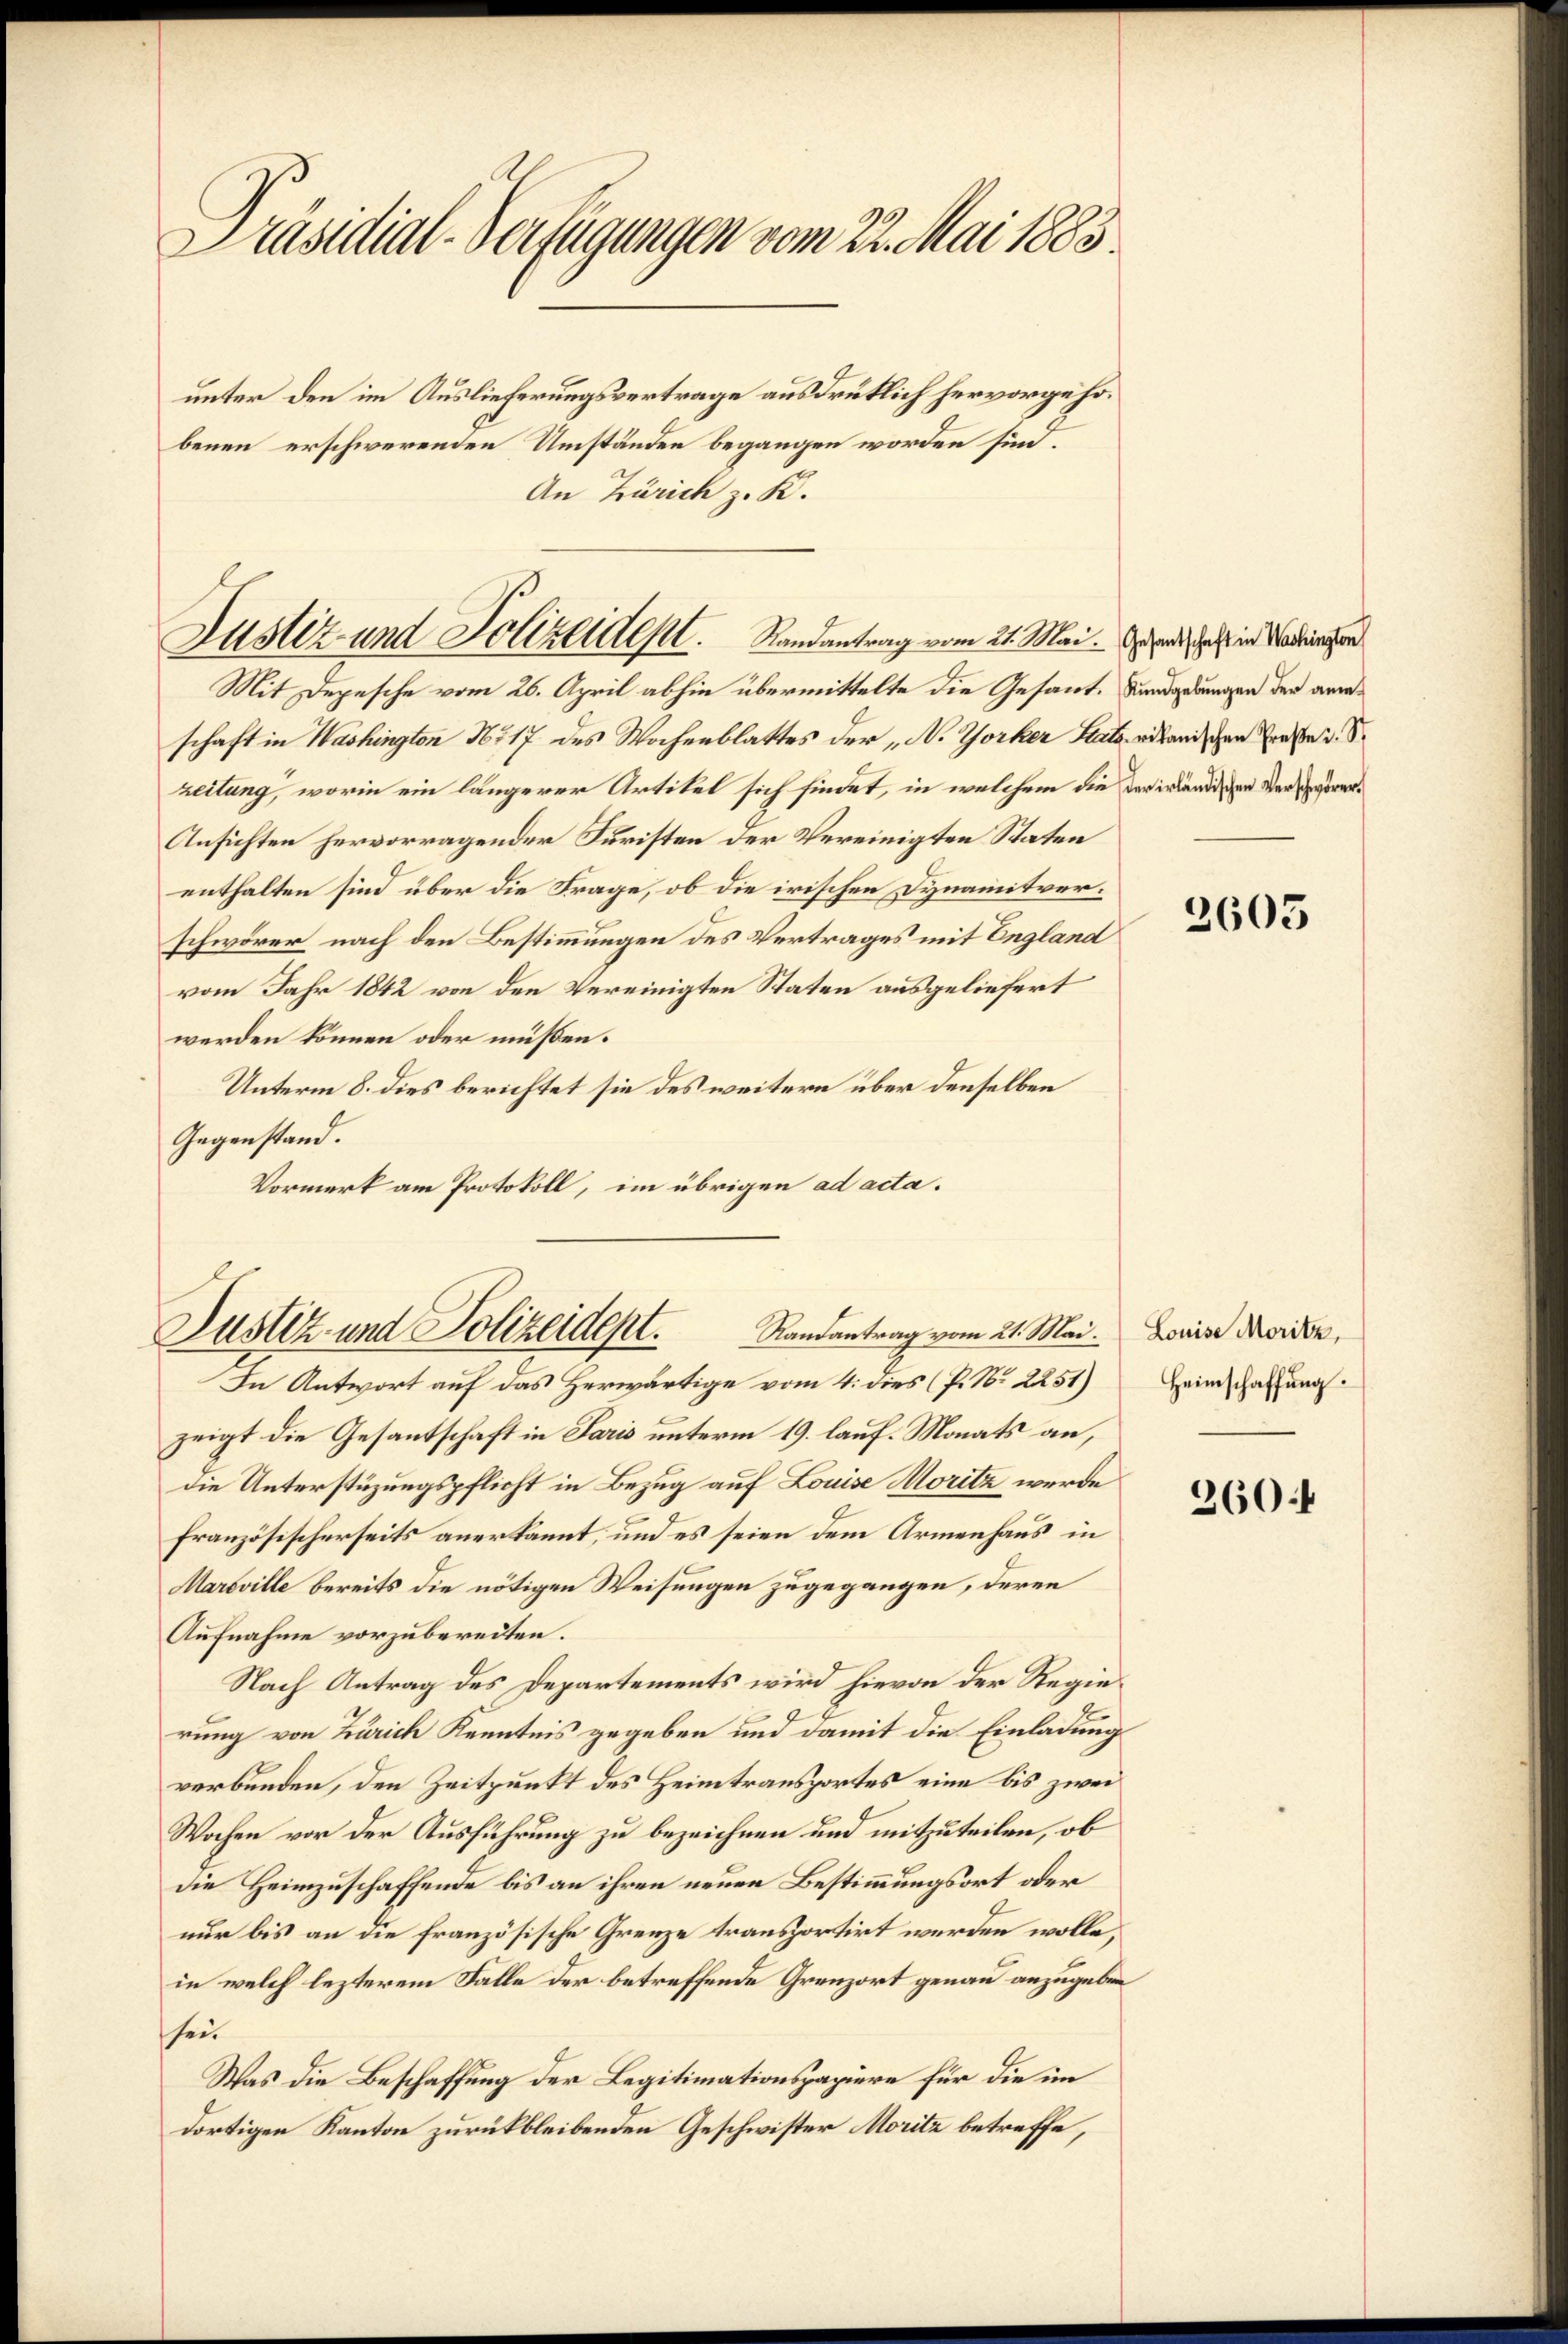
Präsidial-Verfügungen vom 22. Mai 1883.

unter den im Auslieferungsvertrage ausdrücklich hervorgehobenen erschwerenden Umständen begangen worden sind.
An Zürich z. K.

Justiz- und Polizeident. Randantrag vom 21. Mai. Es wird, dass in Madringen

Mit Depesche vom 26. April abhin übermittelte die Gesant. Kundgebungen der anraschaft in Washingten No 17 des Wochenblattes der „N. Thorher Stata vitanischen Ernste d. d.
zeitung, worin ein längerer Artikel sich findet, in welchem die der inländigen Verscheurer¬
Ansichten hervorragender Juristen der Vereinigten Staten
enthalten sind über die Frage, ob die irischen Dynamitverschwörer nach den Bestimmungen des Vertrages mit England
vom Jahr 1842 von den Vereinigten Staten ausgeliefert
werden können oder müssen.
Unterm 8. dies berichtet sie des weitern über denselben
Gegenstand.
Vormerk am Protokoll, im übrigen ad acta.

Justiz- und Polizeident. Randantrag vom 21. Mai. Louise Morden,

In Antwort auf das Herwärtige vom 4. dies (P. Nr. 2251)
zeigt die Gesantschaft in Paris unterm 19. lauf. Monats an,
die Unterstüzungspflicht in Bezug auf Louise Moritz werde
französischerseits anerkannt, und es seien dem Armenhaus in
Maroville bereits die nötigen Weisungen zugegangen, deren
Aufnahme vorzubereiten.
Nach Antrag des Departements wird hievon der Regierung von Zürich Kenntnis gegeben und damit die Einladung
verbunden, den Zeitpunkt des Heimtransportes eine bis zwei
Wochen vor der Ausführung zu bezeichnen und mitzuteilen, ob
die Heimzuschaffende bis an ihren neuen Bestimmungsort oder
nur bis an die französische Grenze transportirt werden wolle,
in welch lezterem Falle der betreffende Grenzort genau anzugeben
sei.
Was die Beschaffung der Legitimationspapiere für die im
dortigen Kanton zurückbleibenden Geschwister Moritz betreffe,

2605

Heimschaffung.

3604